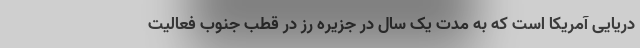
دریایی آمریکا است که به مدت یک سال در جزیره رز در قطب جنوب فعالیت